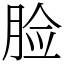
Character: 脸